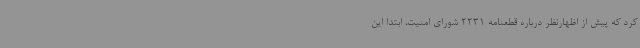
کرد که پیش از اظهارنظر درباره قطعنامه 2231 شورای امنیت، ابتدا این